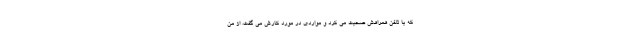
که با تلفن همراهش صحبت می کرد و مواردی در مورد کارش می گفت، از من